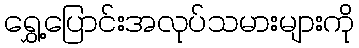
ရွှေ့ပြောင်းအလုပ်သမားများကို